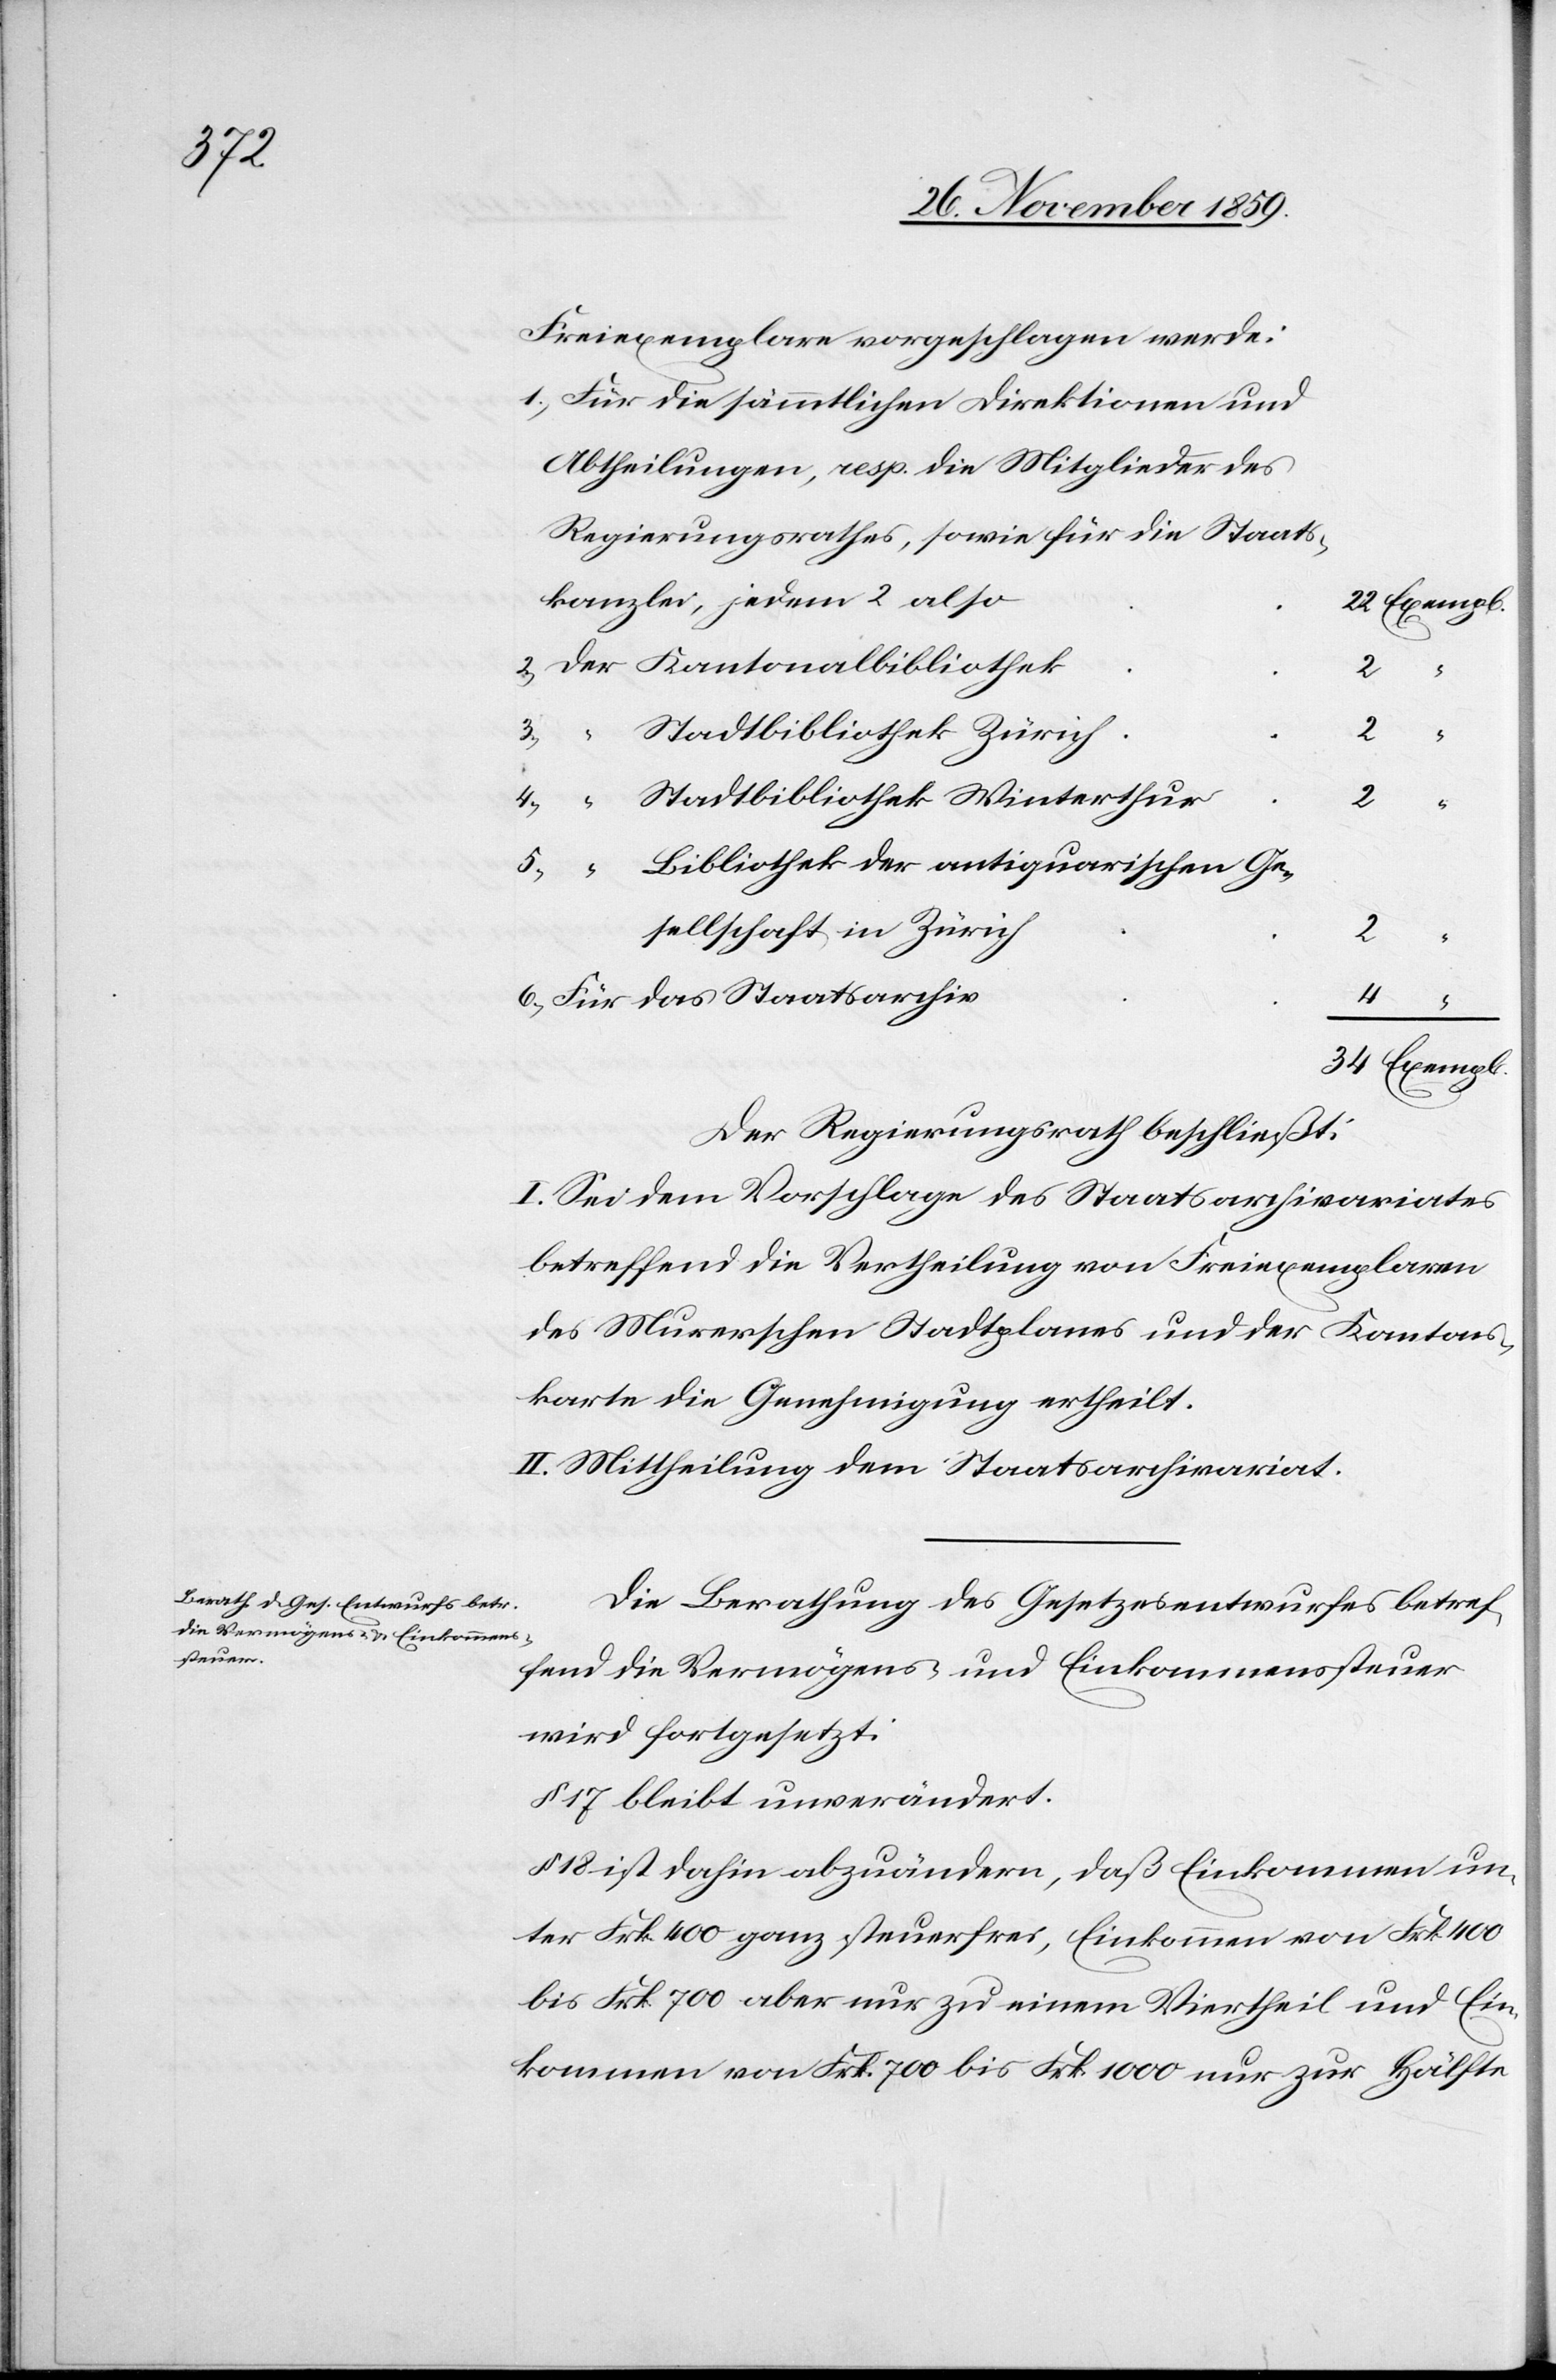
Freiexemplare vorgeschlagen werde:
Für die sämmtlichen Direktionen und
Abtheilungen, resp. die Mitglieder des
Regierungsrathes, sowie für die Staats¬
kanzlei, jedem 2 also
Exempl.
2
“
3.)
Stadtbibliothek Zürich
2
Stadtbibliothek Winterthur
2
Bibliothek der antiquarischen Ge¬
sellschaft in Zürich
2
4.)
Für das Staatsarchiv
4
Der Regierungsrath beschließt:
I. Sei dem Vorschlage des Staatsarchivariates
betreffend die Vertheilung von Freiexemplaren
des Murerschen Stadtplanes und der Kantons¬
karte die Genehmigung ertheilt.
II. Mittheilung dem Staatsarchivariat.
Die Berathung des Gesetzesentwurfes betref¬
fend die Vermögens- und Einkommenssteuer
wird fortgesetzt:
§ 17 bleibt unverändert.
§ 18 ist dahin abzuändern, daß Einkommen un¬
ter Frk. 400 ganz steuerfrei, Einkommen von Frk. 400
bis Frk. 700 aber zu einem Viertheil und Ein¬
kommen von Frk. 700 bis Frk. 1000 nur zur Hälfte